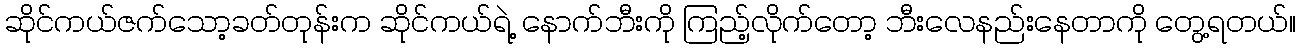
ဆိုင်ကယ်ဇက်သော့ခတ်တုန်းက ဆိုင်ကယ်ရဲ့ နောက်ဘီးကို ကြည့်လိုက်တော့ ဘီးလေနည်းနေတာကို တွေ့ရတယ်။